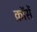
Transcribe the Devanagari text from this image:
क्रॉसें